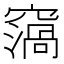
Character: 𥨙